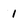
Character: I